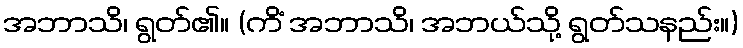
အဘာသိ၊ ရွတ်၏။ (ကိံ အဘာသိ၊ အဘယ်သို့ ရွတ်သနည်း။)